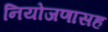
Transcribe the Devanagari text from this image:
नियोजणासह